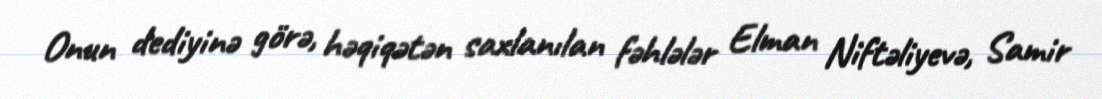
Onun dediyinə görə, həqiqətən saxlanılan fəhlələr Elman Niftəliyevə, Samir